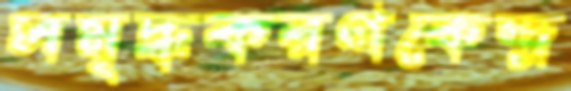
সমৃদ্ধকরণকেন্দ্র